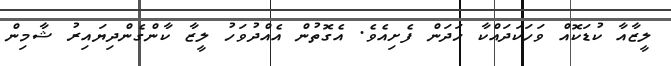
ލީޒާއާ ކުޑަކޮއް ވަހަކަދައްކާ ހަދަން ފެށިއެވެ. އެގޮތުން އެއްދުވަހު ލީޒާ ކާންގެންދިޔައިރު ޝާމިން